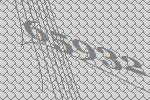
65932